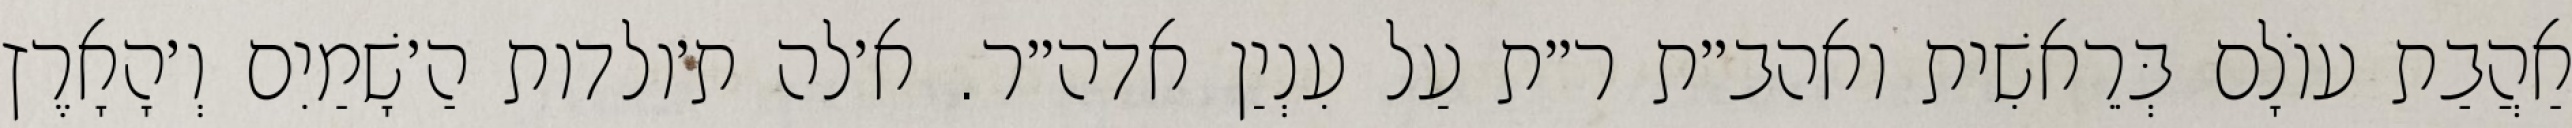
אַהֲבַת עוֹלָם בְּרֵאשִׁית ואהב״ת ר״ת עַל עִנְיַן אדה״ר. א׳לה ת׳ולדות הַ׳שָׁמַיִם וְ׳הָאָרֶץ